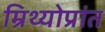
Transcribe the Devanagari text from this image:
म्रिथ्योप्रांत